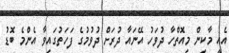
އެއީ މާކިން މިއޮތްހާ ދުވަހު އޭނައާ ދުރަށް ދުވުމުގެ ފަހަތުގައިވާ އެންމެ ބޮޑު